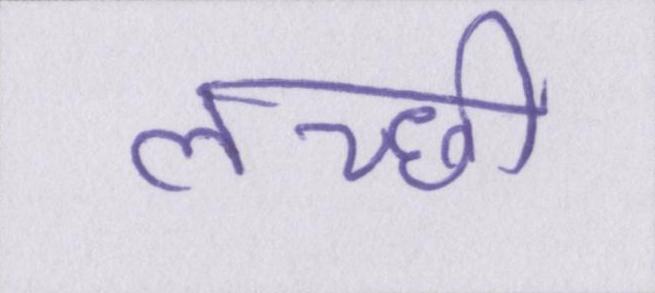
लच्छी